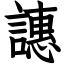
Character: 譓